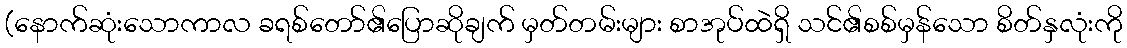
(နောက်ဆုံးသောကာလ ခရစ်တော်၏ပြောဆိုချက် မှတ်တမ်းများ စာအုပ်ထဲရှိ သင်၏စစ်မှန်သော စိတ်နှလုံးကို